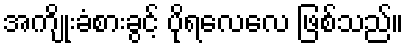
အကျိုးခံစားခွင့် ပိုရလေလေ ဖြစ်သည်။